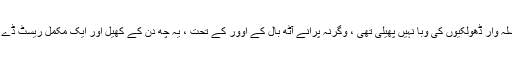
ابھی مائیوں ، مہندی اور سلسلہ وار ڈھولکیوں کی وبا نہیں پھیلی تھی ، وگرنہ پرانے آٹھ بال کے اوور کے تحت ، یہ چھ دن کے کھیل اور ایک مکمل ریسٹ ڈے والا ٹیسٹ بھی ہو سکتا تھا ۔